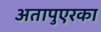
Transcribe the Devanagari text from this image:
अतापुएरका